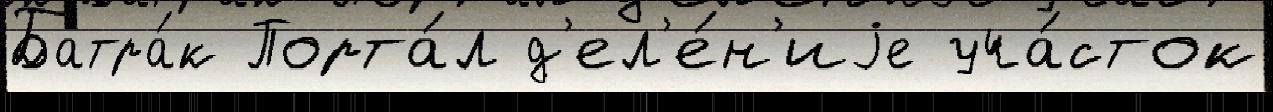
Батра́к Порта́л д'ел'е́н'иjе уча́сток